Report of the Municipal Commissioner on the plague in Bombay for the year ending 31st May... - Volume 1
Disease focus: Plague
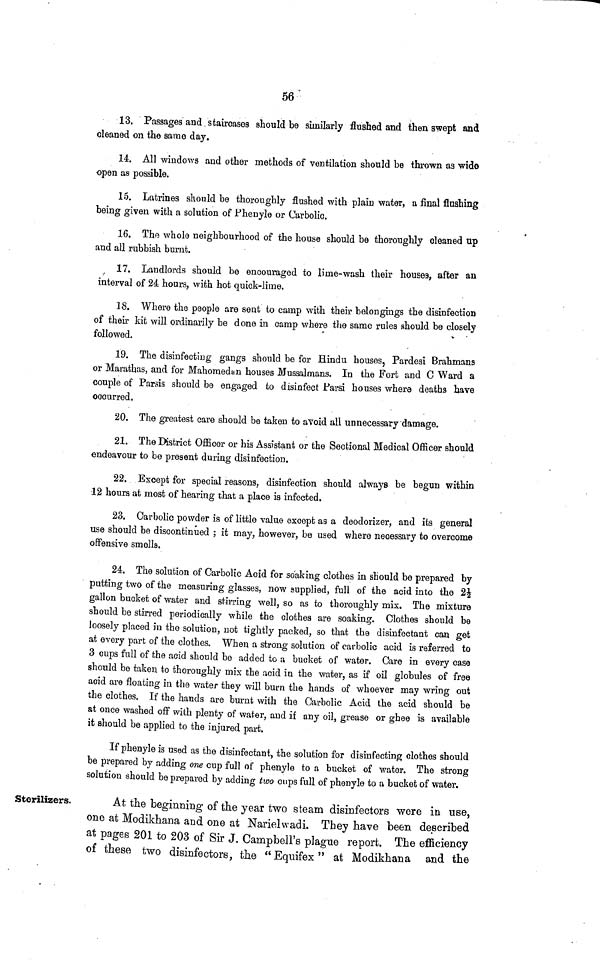
56
Sterilizers.
13. Passages and staircases should be similarly flushed and then swept and
cleaned on the same day.
14. All windows and other methods of ventilation should be thrown as wide
open as possible.
15. Latrines should be thoroughly flushed with plain water, a final flushing
being given with a solution of Fhenyle or Carbolic.
16. The whole neighbourhood of the house should be thoroughly cleaned up
and all rubbish burnt.
17. Landlords should be encouraged to lime-wash their houses, after an
interval of 24 hours, with hot quick-lime.
18. Where the people are sent to camp with their belongings the disinfection
of their kit will ordinarily be done in camp where the same rules should be closely
followed.
19. The disinfecting gangs should be for Hindu houses, Pardesi Brahmans
or Marathas, and for Mahomedan houses Mussalmans. In the Fort and C Ward a
couple of Parsis should be engaged to disinfect Parsi houses where deaths have
occurred.
20. The greatest care should be taken to avoid all unnecessary damage.
21. The District Officer or his Assistant or the Sectional Medical Officer should
endeavour to be present during disinfection.
22. Except for special reasons, disinfection should always be begun within
12 hours at most of hearing that a place is infected.
23. Carbolic powder is of little value except as a deodorizer, and its general
use should be discontinued ; it may, however, be used where necessary to overcome
offensive smells.
24. The solution of Carbolic Acid for soaking clothes in should be prepared by
putting two of the measuring glasses, now supplied, full of the acid into the 21/2
gallon bucket of water and stirring well, so as to thoroughly mix. The mixture
should be stirred periodically while the clothes are soaking. Clothes should be
loosely placed in the solution, not tightly packed, so that the disinfectant can get
at every part of the clothes. When a strong solution of carbolic acid is referred to
3 cups full of the acid should be added to a bucket of water. Care in every case
should be taken to thoroughly mix the acid in the water, as if oil globules of free
acid are floating in the water they will burn the hands of whoever may wring out
the clothes. If the hands are burnt with the Carbolic Acid the acid should be
at once washed off with plenty of water, and if any oil, grease or ghee is available
it should be applied to the injured part.
If phenyle is used as the disinfectant, the solution for disinfecting clothes should
be prepared by adding one cup full of phenyle to a bucket of water. The strong
solution should be prepared by adding two cups full of phenyle to a bucket of water.
At the beginning of the year two steam disinfectors were in use,
one at Modikhana and one at Narielwadi. They have been described
at pages 201 to 203 of Sir J. Campbell's plague report. The efficiency
of these two disinfectors, the "Equifex" at Modikhana and the